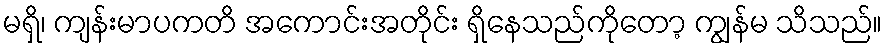
မရှိ၊ ကျန်းမာပကတိ အကောင်းအတိုင်း ရှိနေသည်ကိုတော့ ကျွန်မ သိသည်။